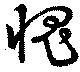
愧